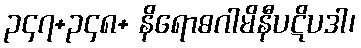
၃၄၇+၃၄၈+ နိရောဓဂါမိနီပဋိပဒါ၊